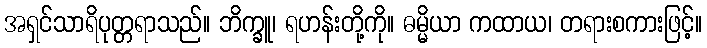
အရှင်သာရိပုတ္တရာသည်။ ဘိက္ခူ၊ ရဟန်းတို့ကို။ ဓမ္မိယာ ကထာယ၊ တရားစကားဖြင့်။